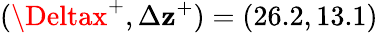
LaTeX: (\Deltax^{+},\Delta\mathbf{z}^{+})=(26.2,13.1)